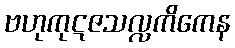
ဗဟုကုဋဇသလ္လကိကေန